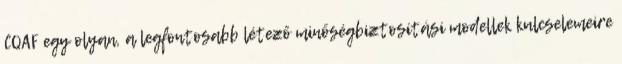
CQAF egy olyan, a legfontosabb létező minőségbiztosítási modellek kulcselemeire